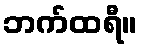
ဘက်ထရီ။